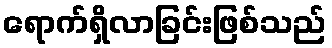
ရောက်ရှိလာခြင်းဖြစ်သည်